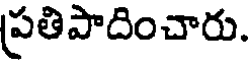
ప్రతిపాదించారు.